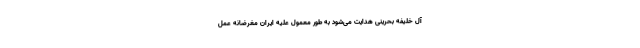
آل خلیفه بحرینی هدایت می‌شود به طور معمول علیه ایران مغرضانه عمل